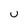
Character: U